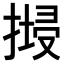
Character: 𢱷